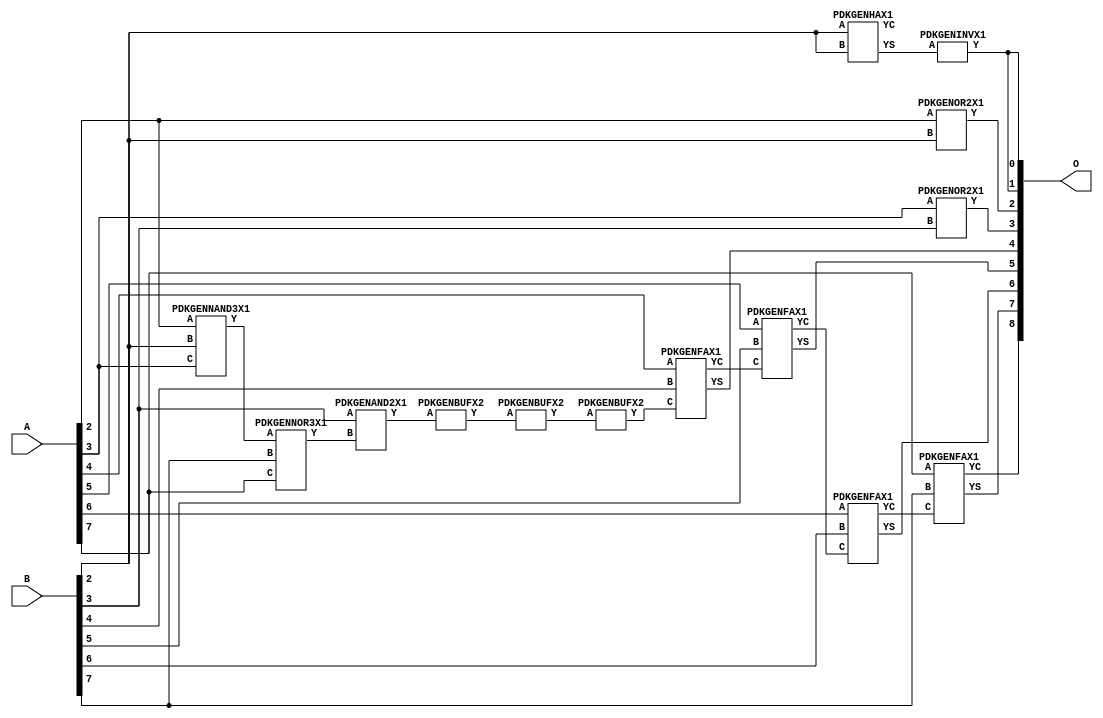
// Library = EvoApprox8b
// Circuit = add8_211
// Area   (180) = 844
// Delay  (180) = 1.530
// Power  (180) = 174.60
// Area   (45) = 61
// Delay  (45) = 0.570
// Power  (45) = 17.32
// Nodes = 14
// HD = 182528
// MAE = 3.57812
// MSE = 24.50000
// MRE = 1.81 %
// WCE = 15
// WCRE = 300 %
// EP = 85.9 %

module add8_211(A, B, O);
  input [7:0] A;
  input [7:0] B;
  output [8:0] O;
  wire [2031:0] N;

  assign N[0] = A[0];
  assign N[1] = A[0];
  assign N[2] = A[1];
  assign N[3] = A[1];
  assign N[4] = A[2];
  assign N[5] = A[2];
  assign N[6] = A[3];
  assign N[7] = A[3];
  assign N[8] = A[4];
  assign N[9] = A[4];
  assign N[10] = A[5];
  assign N[11] = A[5];
  assign N[12] = A[6];
  assign N[13] = A[6];
  assign N[14] = A[7];
  assign N[15] = A[7];
  assign N[16] = B[0];
  assign N[17] = B[0];
  assign N[18] = B[1];
  assign N[19] = B[1];
  assign N[20] = B[2];
  assign N[21] = B[2];
  assign N[22] = B[3];
  assign N[23] = B[3];
  assign N[24] = B[4];
  assign N[25] = B[4];
  assign N[26] = B[5];
  assign N[27] = B[5];
  assign N[28] = B[6];
  assign N[29] = B[6];
  assign N[30] = B[7];
  assign N[31] = B[7];

  PDKGENNAND3X1 n32(.A(N[4]), .B(N[20]), .C(N[6]), .Y(N[32]));
  assign N[33] = N[32];
  PDKGENNOR3X1 n38(.A(N[33]), .B(N[30]), .C(N[14]), .Y(N[38]));
  assign N[39] = N[38];
  PDKGENHAX1 n40(.A(N[20]), .B(N[20]), .YS(N[40]), .YC(N[41]));
  PDKGENAND2X1 n52(.A(N[22]), .B(N[39]), .Y(N[52]));
  PDKGENBUFX2 n74(.A(N[52]), .Y(N[74]));
  PDKGENBUFX2 n78(.A(N[74]), .Y(N[78]));
  PDKGENINVX1 n126(.A(N[40]), .Y(N[126]));
  assign N[127] = N[126];
  PDKGENOR2X1 n132(.A(N[4]), .B(N[20]), .Y(N[132]));
  PDKGENOR2X1 n182(.A(N[6]), .B(N[22]), .Y(N[182]));
  assign N[183] = N[182];
  PDKGENBUFX2 n212(.A(N[78]), .Y(N[212]));
  PDKGENFAX1 n232(.A(N[8]), .B(N[24]), .C(N[212]), .YS(N[232]), .YC(N[233]));
  PDKGENFAX1 n282(.A(N[10]), .B(N[26]), .C(N[233]), .YS(N[282]), .YC(N[283]));
  PDKGENFAX1 n332(.A(N[12]), .B(N[28]), .C(N[283]), .YS(N[332]), .YC(N[333]));
  PDKGENFAX1 n382(.A(N[14]), .B(N[30]), .C(N[333]), .YS(N[382]), .YC(N[383]));

  assign O[0] = N[127];
  assign O[1] = N[126];
  assign O[2] = N[132];
  assign O[3] = N[183];
  assign O[4] = N[232];
  assign O[5] = N[282];
  assign O[6] = N[332];
  assign O[7] = N[382];
  assign O[8] = N[383];

endmodule
/* mod */
module PDKGENFAX1( input A, input B, input C, output YS, output YC );
    assign YS = (A ^ B) ^ C;
    assign YC = (A & B) | (B & C) | (A & C);
endmodule
/* mod */
module PDKGENAND2X1(input A, input B, output Y );
     assign Y = A & B;
endmodule
/* mod */
module PDKGENNOR3X1(input A, input B, input C, output Y );
     assign Y = ~((A | B) | C);
endmodule
/* mod */
module PDKGENHAX1( input A, input B, output YS, output YC );
    assign YS = A ^ B;
    assign YC = A & B;
endmodule
/* mod */
module PDKGENINVX1(input A, output Y );
     assign Y = ~A;
endmodule
/* mod */
module PDKGENNAND3X1(input A, input B, input C, output Y );
     assign Y = ~((A & B) & C);
endmodule
/* mod */
module PDKGENBUFX2(input A, output Y );
     assign Y = A;
endmodule
/* mod */
module PDKGENOR2X1(input A, input B, output Y );
     assign Y = A | B;
endmodule